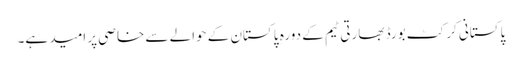
پاکستانی کرکٹ بورڈ بھارتی ٹیم کے دورہ ِ پاکستان کے حوالے سے خاصی پر امید ہے۔